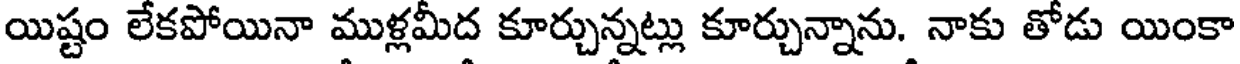
యిష్టం లేకపోయినా ముళ్లమీద కూర్చున్నట్లు కూర్చున్నాను. నాకు తోడు యింకా